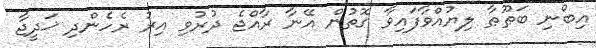
އިބްނި ބަޠޫޠާ ލިޔުއްވާފައިވާ ގޮތުން އޭނާ ރާއްޖެ ދުރުވި އިރު ރެހެންދި ޚަދީޖާ